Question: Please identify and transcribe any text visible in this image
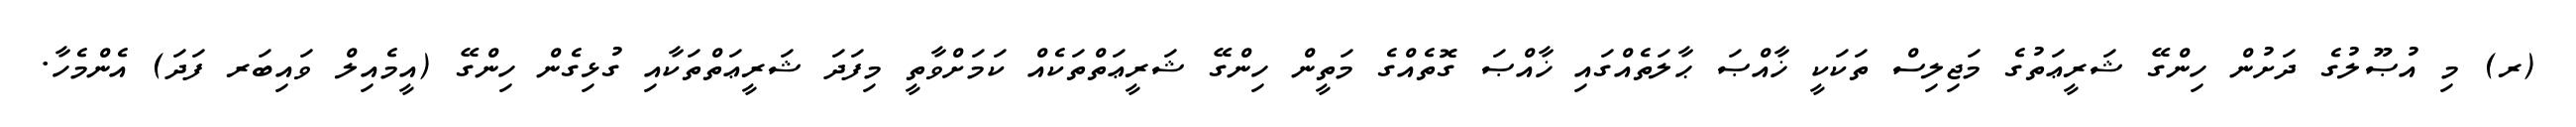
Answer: (ރ) މި އުޞޫލުގެ ދަށުން ހިންގޭ ޝަރީޢަތުގެ މަޖިލިސް ތަކަކީ ޚާއްޞަ ޙާލަތެއްގައި ޚާއްޞަ ގޮތެއްގެ މަތީން ހިންގޭ ޝަރީޢަތްތަކެއް ކަމަށްވާތީ މިފަދަ ޝަރީޢަތްތަކާއި ގުޅިގެން ހިންގޭ (އީމެއިލް ވައިބަރ ފަދަ) އެންމެހާ.